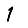
Digit: 1